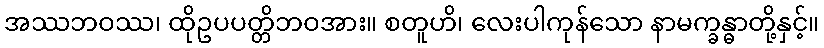
အဿဘဝဿ၊ ထိုဥပပတ္တိဘဝအား။ စတူဟိ၊ လေးပါကုန်သော နာမက္ခန္ဓာတို့နှင့်။